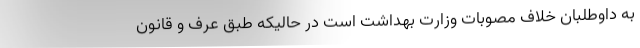
به داوطلبان خلاف مصوبات وزارت بهداشت است در حالیکه طبق عرف و قانون